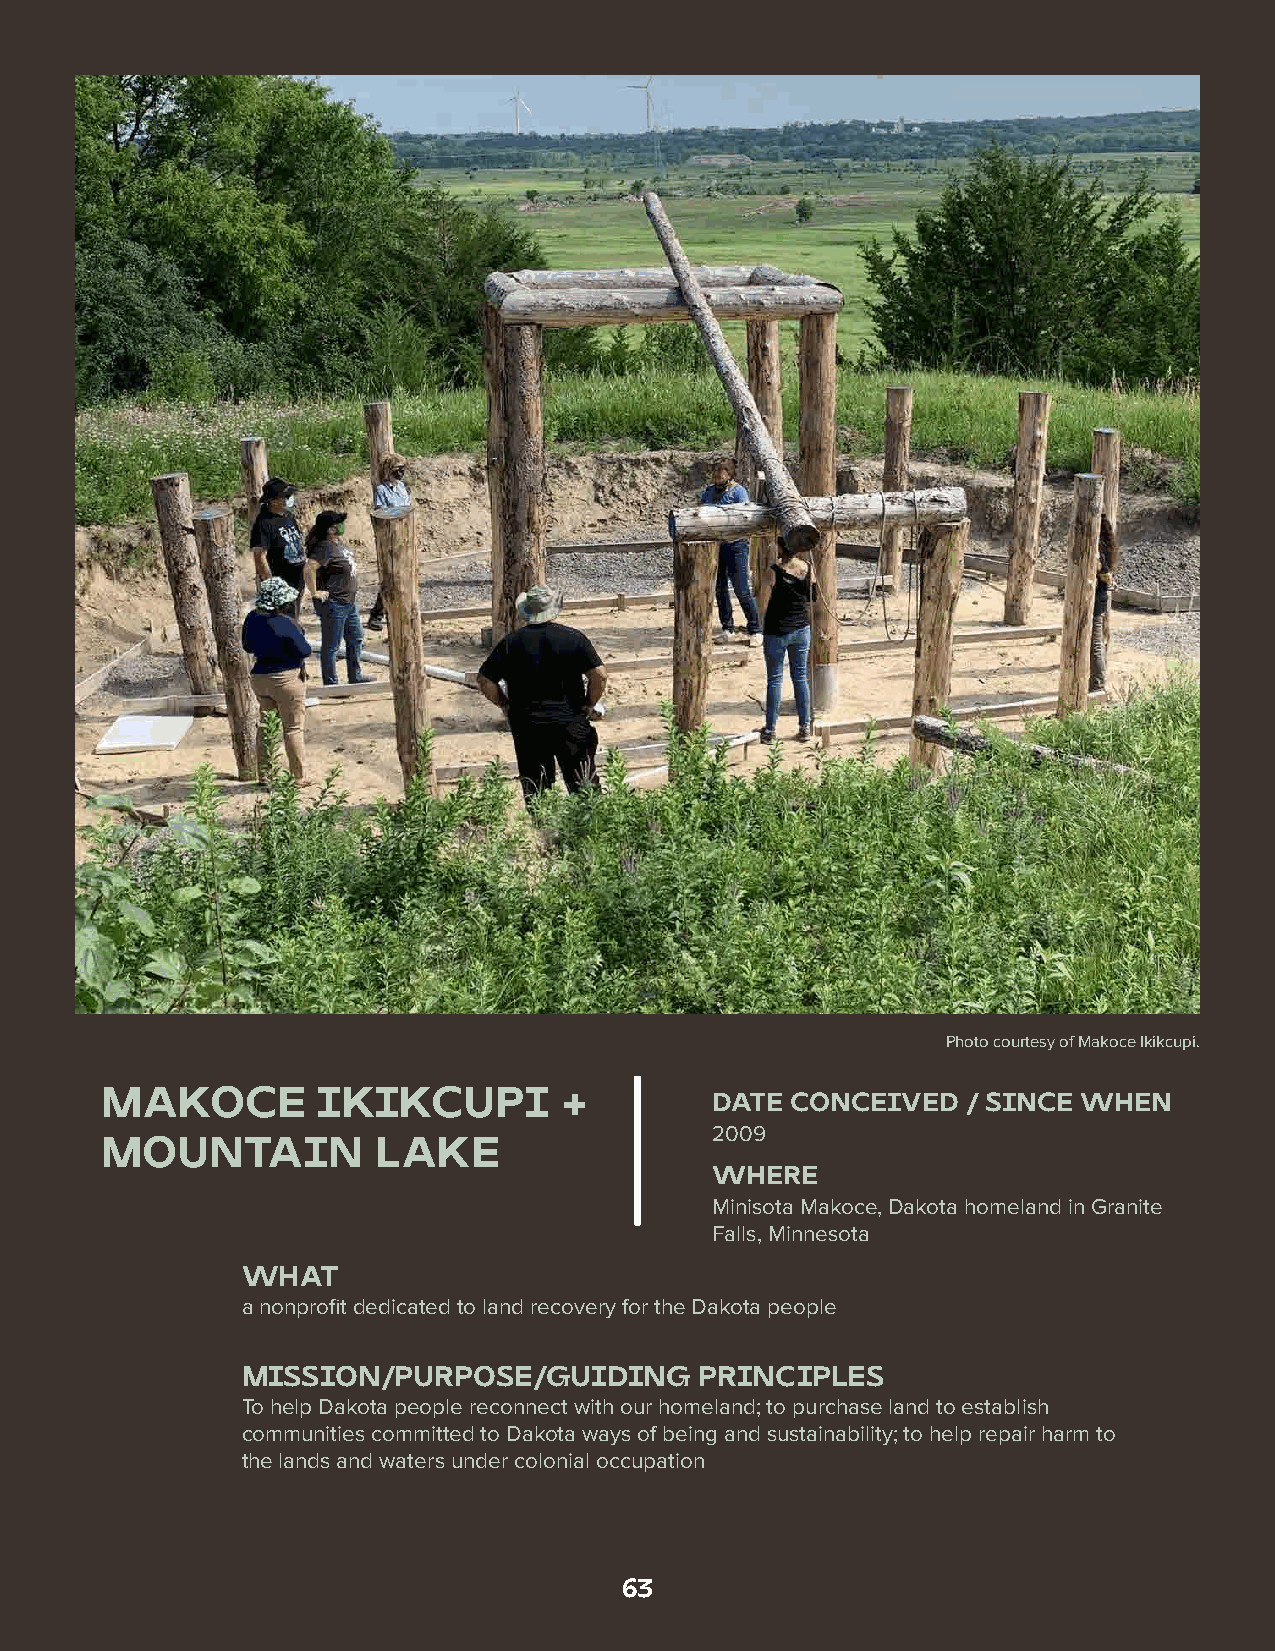
A  Farmer's    Perspective:
 Liberation
 Farms
 Photo courtesy of Makoce Ikikcupi.
 MAKOCE        IKIKCUPI        +         DATE CONCEIVED   / SINCE WHEN
 2009
 MOUNTAIN          LAKE
 WHERE
 Minisota Makoce, Dakota homeland in Granite
 Falls, Minnesota
 WHAT
 a nonprofit dedicated to land recovery for the Dakota people
 MISSION/PURPOSE/GUIDING       PRINCIPLES
 To help Dakota people reconnect with our homeland; to purchase land to establish
 communities committed to Dakota ways of being and sustainability; to help repair harm to
 the lands and waters under colonial occupation
 63